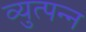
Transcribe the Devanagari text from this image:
व्युत्पन्‍न